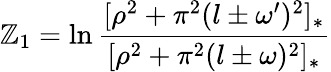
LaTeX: {\cal\mathbb{Z}}_{1}=\ln\frac{{[\rho^{2}+\pi^{2}(l\pm\omega^{\prime})^{2}]_{*}}}{{[\rho^{2}+\pi^{2}(l\pm\omega)^{2}]_{*}}}